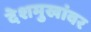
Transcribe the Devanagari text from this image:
देशमुखांवर